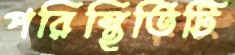
পরিস্থিতিটি